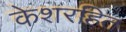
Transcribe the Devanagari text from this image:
केशरहित